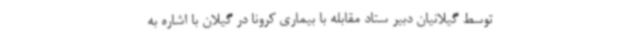
توسط گیلانیان دبیر ستاد مقابله با بیماری کرونا در گیلان با اشاره به